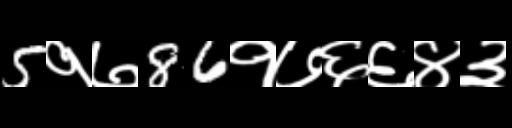
Text: 5१७86१७६६४३